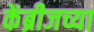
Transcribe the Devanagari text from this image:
केंब्रीजच्या